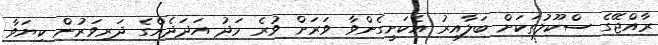
ރާއްޖޭގެ ސްކޫލުތަކަށް ބަލާއިރު އެކަށީގެންވާ ވަރަށް ވުރެ މަދު އަދަދެއްގެ ދަރިވަރުން ކިޔަވާ